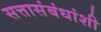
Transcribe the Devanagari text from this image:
सत्तासंबंधांशी